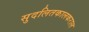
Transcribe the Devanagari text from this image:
सुदलितकालकराल